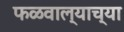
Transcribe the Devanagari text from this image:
फळवाल्याच्या